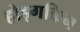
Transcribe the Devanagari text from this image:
होड्गकिन